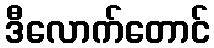
ဒီလောက်တောင်